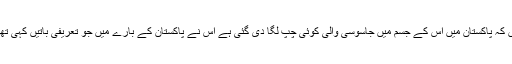
بھارتی حکام مسلسل شک کا اظہار کر رہے ہیں کہ پاکستان میں اس کے جسم میں جاسوسی والی کوئی چپ لگا دی گئی ہے اس نے پاکستان کے بارے میں جو تعریفی باتیں کہی تھیں انہیں بھارت کے خلاف قرار دیا جا رہا ہے۔